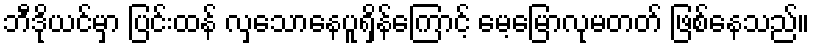
ဘီဒိုယင်မှာ ပြင်းထန် လှသောနေပူရှိန်ကြောင့် မေ့မြောလုမတတ် ဖြစ်နေသည်။